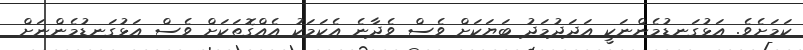
ކަމަށެވެ. އަޅުގަނޑުމެންނަކީ އަދަދުމަދު ބަޔަކަށް ވެސް ވެދާނެ އެކަމަކު އެއްގޮތަކަށް ވެސް އަޅުގަނޑުމެންނަށް